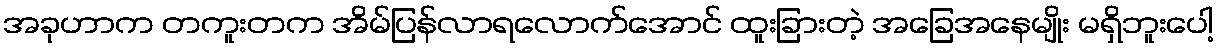
အခုဟာက တကူးတက အိမ်ပြန်လာရလောက်အောင် ထူးခြားတဲ့ အခြေအနေမျိုး မရှိဘူးပေါ့